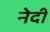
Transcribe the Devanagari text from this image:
नेदी